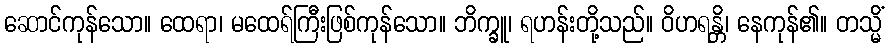
ဆောင်ကုန်သော။ ထေရာ၊ မထေရ်ကြီးဖြစ်ကုန်သော။ ဘိက္ခူ၊ ရဟန်းတို့သည်။ ဝိဟရန္တိ၊ နေကုန်၏။ တသ္မိံ